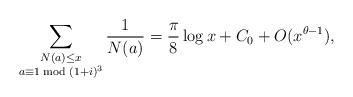
LaTeX: \begin{align*} \sum_{\substack{N(a) \leq x \\ a \equiv 1 \bmod {(1+i)^3}}} \frac{1}{N(a)} = \frac {\pi}{8}\log x+C_0+O(x^{\theta-1}),\end{align*}